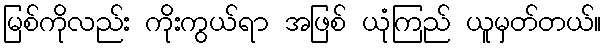
မြစ်ကိုလည်း ကိုးကွယ်ရာ အဖြစ် ယုံကြည် ယူမှတ်တယ်။